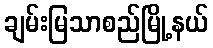
ချမ်းမြသာစည်မြို့နယ်